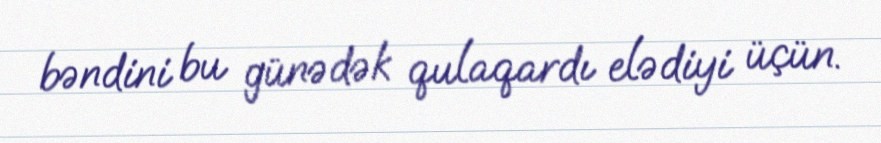
bəndini bu günədək qulaqardı elədiyi üçün.